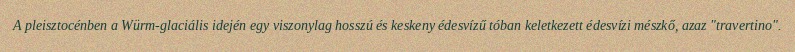
A pleisztocénben a Würm-glaciális idején egy viszonylag hosszú és keskeny édesvízű tóban keletkezett édesvízi mészkő, azaz "travertino".